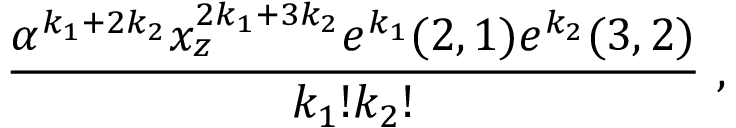
{ \frac { \alpha ^ { k _ { 1 } + 2 k _ { 2 } } x _ { z } ^ { 2 k _ { 1 } + 3 k _ { 2 } } e ^ { k _ { 1 } } ( 2 , 1 ) e ^ { k _ { 2 } } ( 3 , 2 ) } { k _ { 1 } ! k _ { 2 } ! } } \ ,